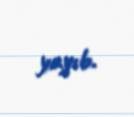
yayıb.